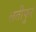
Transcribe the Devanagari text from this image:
लतीफुर